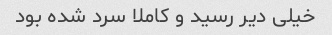
خیلی دیر رسید و کاملا سرد شده بود